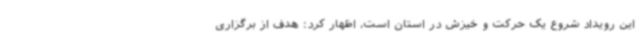
این رویداد شروع یک حرکت و خیزش در استان است، اظهار کرد: هدف از برگزاری